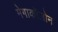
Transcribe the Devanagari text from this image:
मेगाकॉलोन